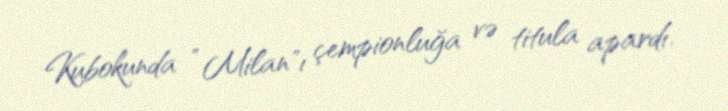
Kubokunda " Milan"ı çempionluğa və titula apardı.